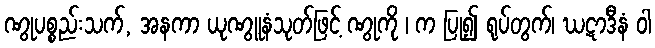
ဏွုပစ္စည်းသက်, အနကာ ယုဏွူနံသုတ်ဖြင့် ဏွုကို ၊ က ပြု၍ ရုပ်တွက်၊ ဃဋာဒီနံ ဝါ